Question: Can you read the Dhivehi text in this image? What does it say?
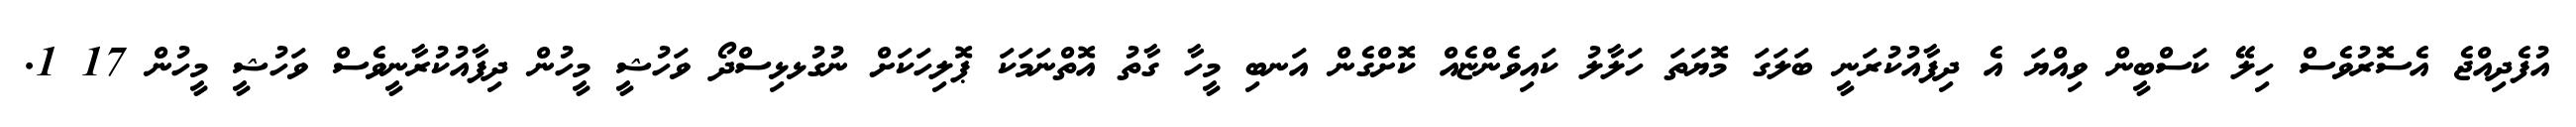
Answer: އުފެދިއްޖެ އެސޮރުވެސް ހިލޭ ކަސްބީން ވިއްޔަ އެ ދިފާއުކުރަނީ ބަލަގަ މޮޔަތަ ހަލާލު ކައިވެންޏެއް ކޮށްގެން އަނބި މީހާ ގާތު އޮތްނަމަކަ ޕޮލިހަކަށް ނުގުޅޅިސްދޯ ވަހުޝީ މީހުން ދިފާއުކުރާނީވެސް ވަހުޝީ މީހުން 17 1.